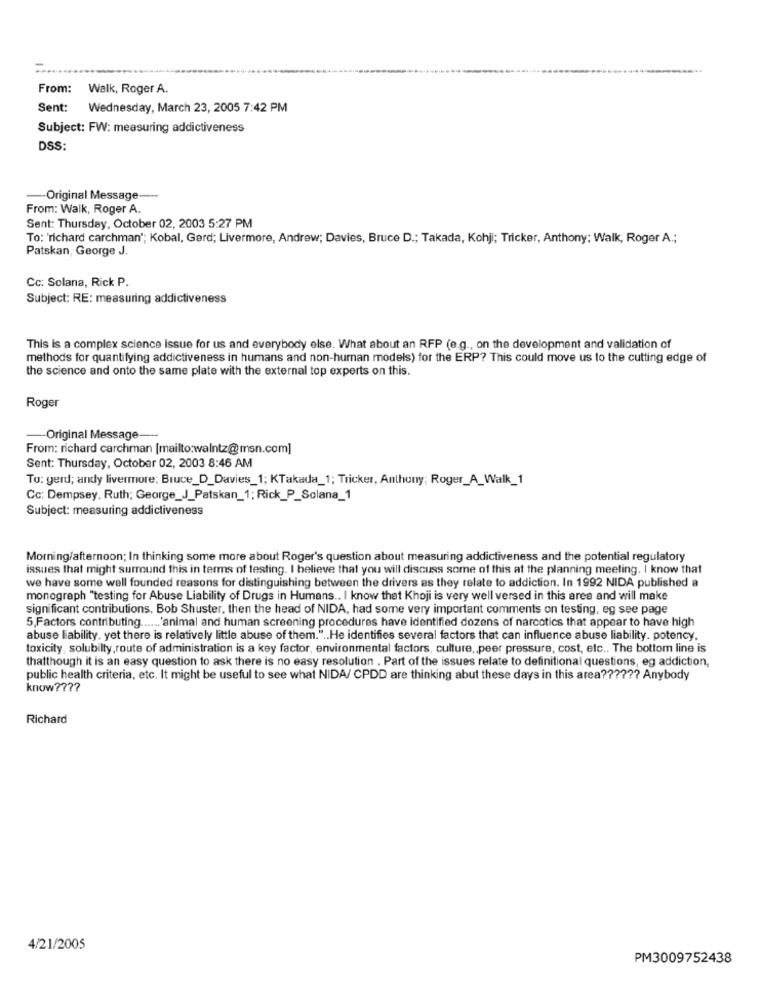
From:
Walk, Roger A.
Sent:
Wednesday, March 23, 2005 7:42 PM
Subject: FW: measuring addictiveness
DSS:
-- Original Message-
From: Walk, Roger A.
Sent: Thursday, October 02, 2003 5:27 PM
To: 'richard carchman'; Kobal, Gerd; Livermore, Andrew; Davies, Bruce D .; Takada, Kohji; Tricker, Anthony; Walk, Roger A .;
Patskan, George J.
Cc: Solana, Rick P.
Subject: RE: measuring addictiveness
This is a complex science issue for us and everybody else. What about an RFP (e.g ., on the development and validation of
methods for quantifying addictiveness in humans and non-human models) for the ERP? This could move us to the cutting edge of
the science and onto the same plate with the external top experts on this.
Roger
-Original Message ---
From: richard carchman [mailto:walntz@msn.com]
Sent: Thursday, October 02, 2003 8:46 AM
To: gerd; andy livermore; Bruce_D_Davies_1; KTakada_1; Tricker, Anthony; Roger_A_Walk_1
Cc: Dempsey. Ruth; George_J_Patskan_1; Rick_P_Solana_1
Subject: measuring addictiveness
Morning/afternoon; In thinking some more about Roger's question about measuring addictiveness and the potential regulatory
issues that might surround this in terms of testing. I believe that you will discuss some of this at the planning meeting. I know that
we have some well founded reasons for distinguishing between the drivers as they relate to addiction. In 1992 NIDA published a
monograph "testing for Abuse Liability of Drugs in Humans .. I know that Khoji is very well versed in this area and will make
significant contributions. Bob Shuster, then the head of NIDA, had some very important comments on testing, eg see page
5,Factors contributing ...... 'animal and human screening procedures have Identified dozens of narcotics that appear to have high
abuse liability, yet there is relatively little abuse of them." .. He identifies several factors that can influence abuse liability. potency,
toxicity, solubilty,route of administration is a key factor, environmental factors, culture ,, peer pressure, cost, etc .. The bottom line is
thatthough it is an easy question to ask there is no easy resolution . Part of the issues relate to definitional questions, eg addiction,
public health criteria, etc. It might be useful to see what NIDA/ CPDD are thinking abut these days in this area ?????? Anybody
know ????
Richard
4/21/2005
PM3009752438